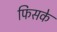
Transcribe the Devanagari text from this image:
फिसके